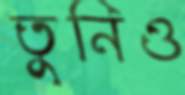
তুনিও